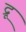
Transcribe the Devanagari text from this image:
द्रू